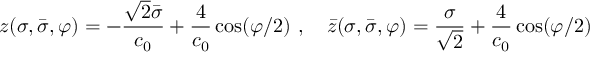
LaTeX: z ( \sigma , \bar { \sigma } , \varphi ) = - \frac { \sqrt { 2 } \bar { \sigma } } { c _ { 0 } } + \frac { 4 } { c _ { 0 } } \cos ( \varphi / 2 ) \, \, , \quad \bar { z } ( \sigma , \bar { \sigma } , \varphi ) = \frac { \sigma } { \sqrt { 2 } } + \frac { 4 } { c _ { 0 } } \cos ( \varphi / 2 )